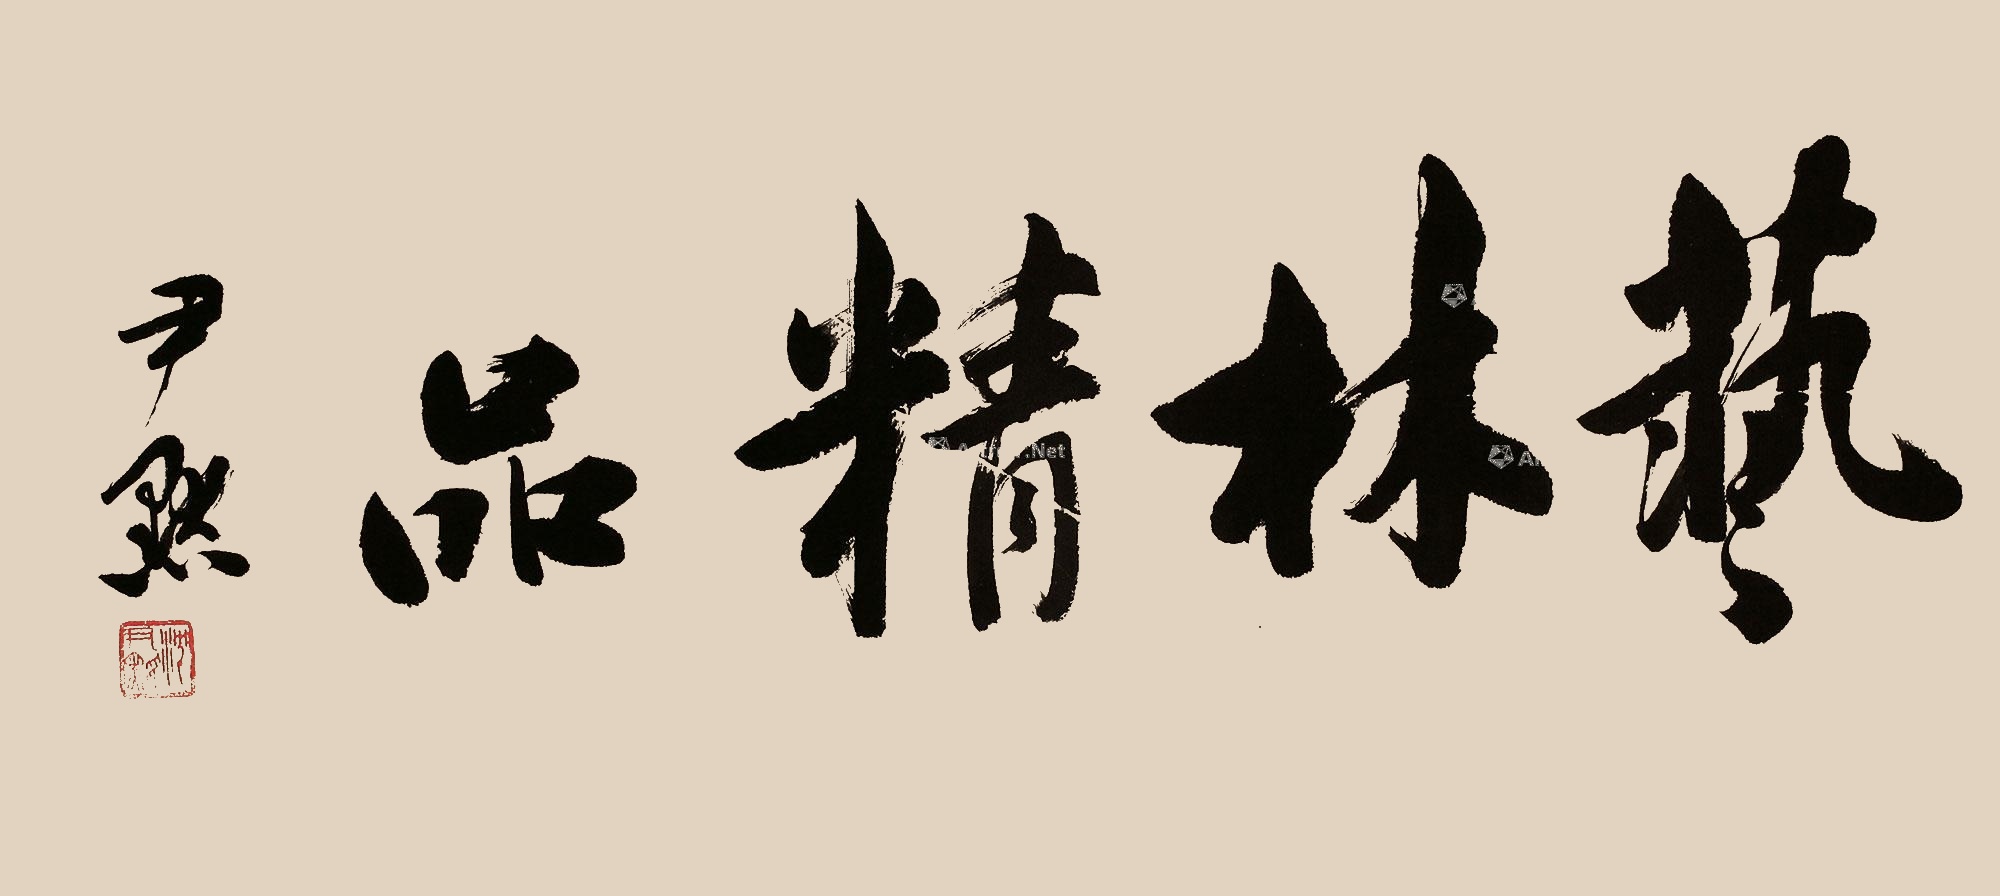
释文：艺林精品。尹默。